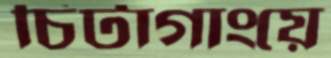
চিটাগাংয়ে